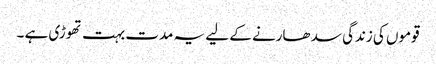
قوموں کی زندگی سد ھارنے کے لیے یہ مدت بہت تھوڑی ہے ۔